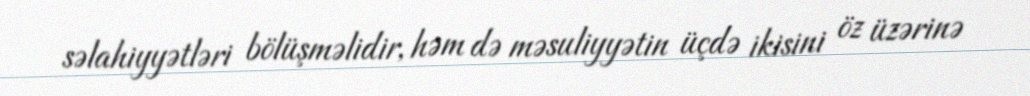
səlahiyyətləri bölüşməlidir, həm də məsuliyyətin üçdə ikisini öz üzərinə